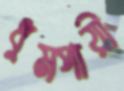
ধুমপায়ী